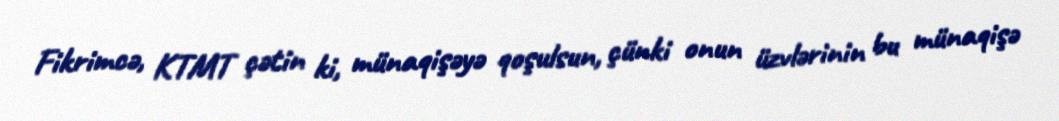
Fikrimcə, KTMT çətin ki, münaqişəyə qoşulsun, çünki onun üzvlərinin bu münaqişə